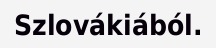
Szlovákiából.